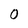
Character: 0